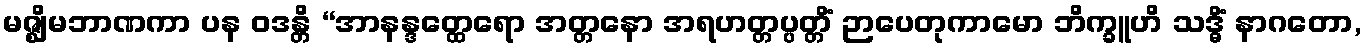
မဇ္ဈိမဘာဏကာ ပန ဝဒန္တိ “အာနန္ဒတ္ထေရော အတ္တနော အရဟတ္တပ္ပတ္တိံ ဉာပေတုကာမော ဘိက္ခူဟိ သဒ္ဓိံ နာဂတော,